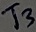
Text: T3